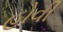
હોવી